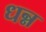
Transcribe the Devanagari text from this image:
धन्न